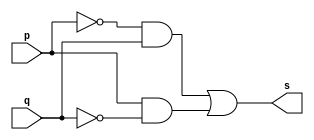
// --------------------- 
// Exemplo0011 - XOR 
// Nome: Daniel Telles McGinnis 
// --------------------- 
// Previso:
// A sada  a disjuno exclusiva das entradas.
// Teste 1:
// Entradas: (a=0 e b=0), (a=0 e b=1), (a=1 e b=0) e (a=1 e b=1)
// Observaes da sada:
// A sada  uma tabela verdade da disjuno exclusiva.
// --------------------- 
// -- xor gate 
// --------------------- 
module xorgate (output s, input p, input q); 
	assign s = (~p & q) | (p & ~q); 
endmodule // xor gate
// --------------------- 
// -- test xorgate 
// --------------------- 
module testxorgate; 
	// ------------------------- dados locais 
	reg a, b; // definir registrador 
	wire s;   // definir conexao (fio) 
	// ------------------------- instancia 
	xorgate XOR1 (s, a, b); 
	// ------------------------- preparacao 
	initial begin:start 
		a=0;
		b=0;
	end 
	// ------------------------- parte principal 
	initial begin:main 
		$display("Exemplo0011 - Daniel Telles McGinnis - 435042"); 
		$display("Test xor gate"); 
		$display("~(a ^ b) = s\n");
		$display("  a   b    s");
		$monitor("  %b   %b    %b", a, b, s);
		#1 a=0; b=0;
		#1 a=0; b=1;
		#1 a=1; b=0;
		#1 a=1; b=1;
	end 
endmodule // testxorgate